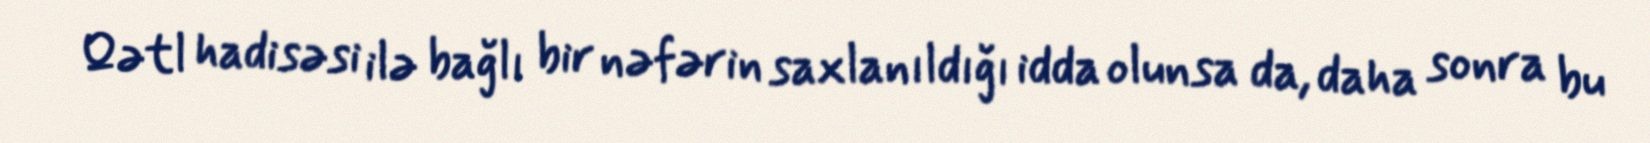
Qətl hadisəsi ilə bağlı bir nəfərin saxlanıldığı idda olunsa da, daha sonra bu